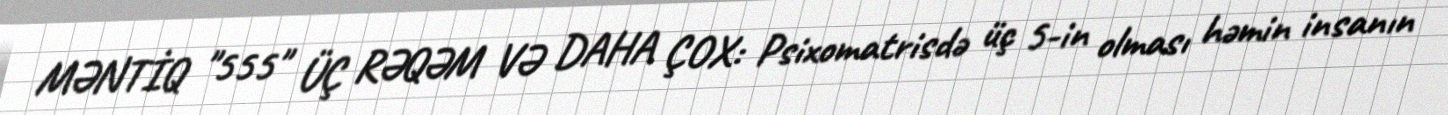
MƏNTİQ "555" ÜÇ RƏQƏM VƏ DAHA ÇOX: Psixomatrisdə üç 5-in olması həmin insanın